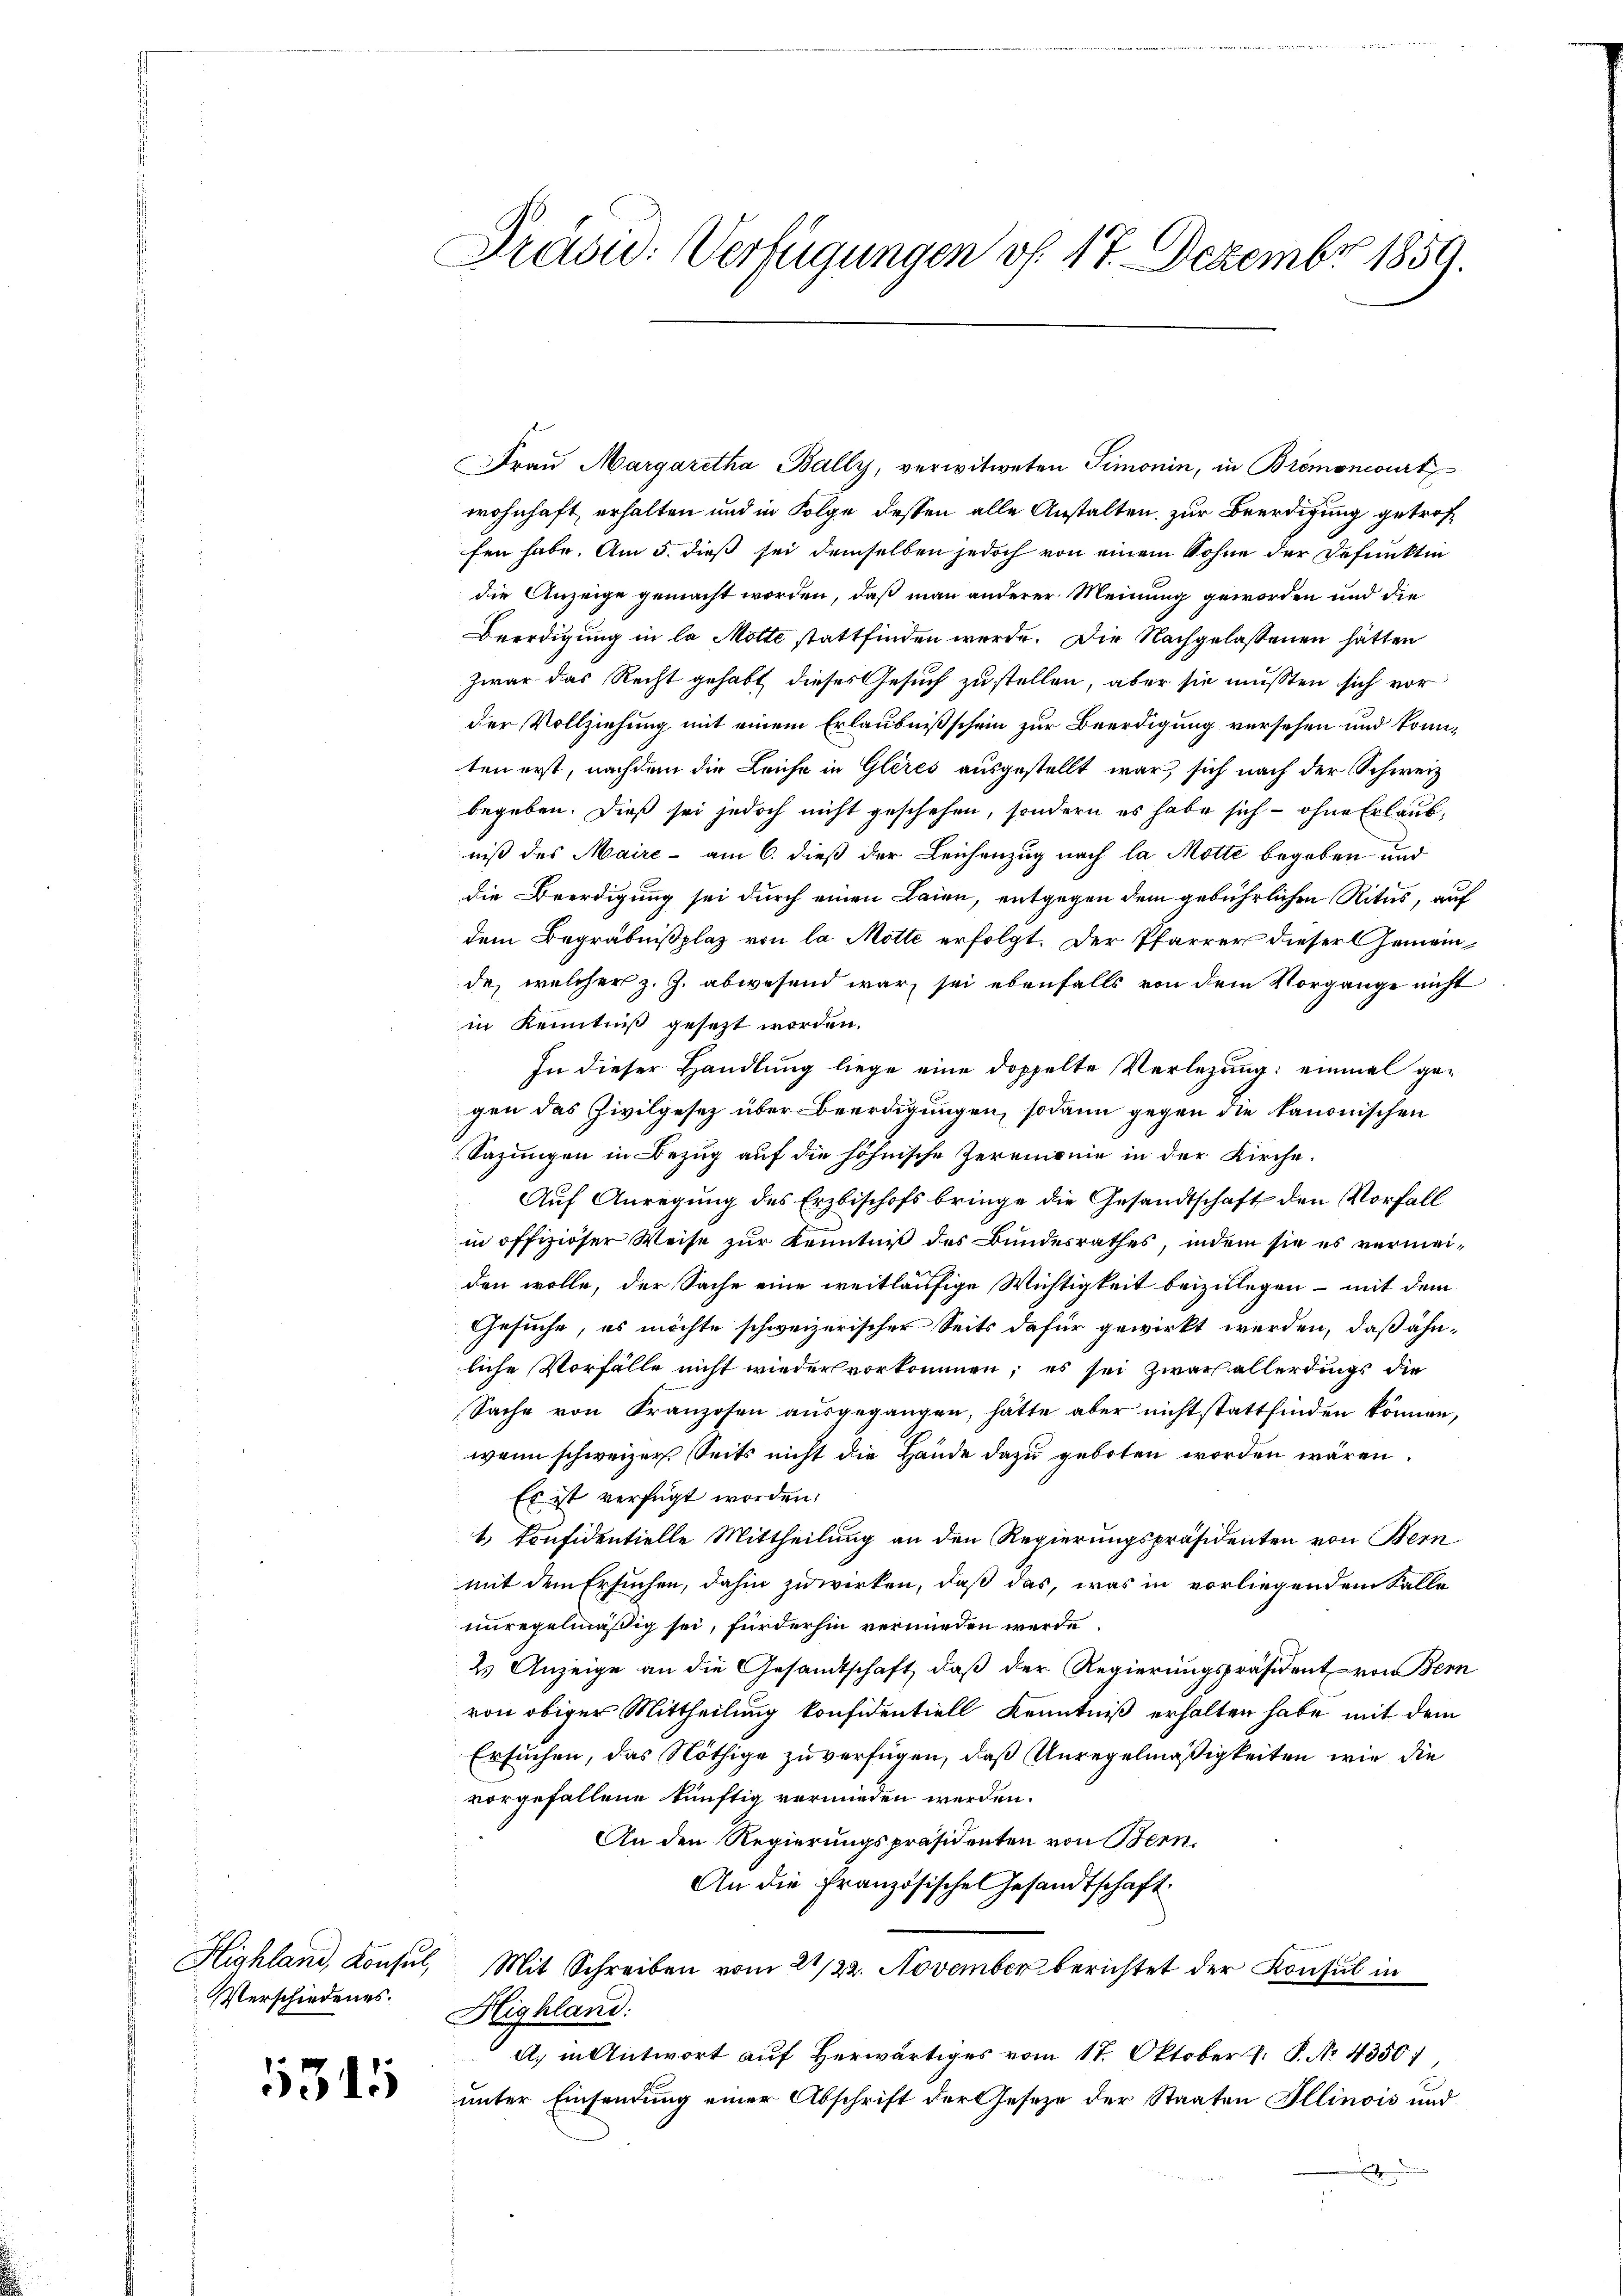
Verschiedenes.

5315

Präsu: Verfügungen v. 17. Dezember 1859.

Fraŭ Margaretha Bally, verwitweten Simonin, in Bremoncourt
wohnhaft erhalten und in Folge dessen alle Anstalten zur Beerdigung getroffen habe. Am 5. dieß sei demselben jedoch von einem Sohne der Defunktin
die Anzeige gemacht worden, daß man anderer Meinung geworden und die
Beerdigung in la Motte stattfinden werde. Die Nachgelassenen hätten
zwar das Recht gehabt, dieses Gesuch zustellen, aber sie mussten sich vor
der Vollziehung mit einem Erlaubnißschein zur Beerdigung versehen und konnten erst, nachdem die Leiche in Gleres ausgestellt war, sich nach der Schweiz
begeben. Dieß sei jedoch nicht geschehen, sondern es habe sich - ohne Erlaubniß des Maire - am 6. dieß der Leichenzug nach la Motte begaben und
die Beerdigung sei durch einen Laien, entgegen dem gebührlichen Ritus, auf
dem Begräbnißplaz von la Motte erfolgt. Der Pfarrer dieser Gemeinde, welcher z. Z. abwesend war, sei ebenfalls von dem Vorgange nicht
in Kenntniß gesezt worden.
In dieser Handlung liege eine doppelte Verlegung: einmal gegen das Zivilgesetz über Beerdigungen, sodann gegen die kanonischen
Sazungen in Bezug auf die höhnische Zeremonie in der Kirche.
Auf Anregung des Erzbischofs bringe die Gesandtschaft den Vorfall
.
in offiziöser Weise zur Kenntniß des Bundesrathes, indem sie es vermeiden wolle, der Sache eine weitläufige Wichtigkeit beizulegen - mit dem
Gesuche, es möchte schweizerischer Seits dafür gewirkt werden, daß ähnliche Vorfälle nicht wieder vorkommen, es sei zwar allerdings die
Sache von Kranzosen ausgegangen, hätte aber nicht stattfinden können,
wenn schweizer Seits nicht die Hände dazu geboten worden wären.
Es ist verfügt worden.
1. Confidentielle Mittheilung an den Regierungspräsidenten von Bern
mit dem Ersuchen, dahin zuwirken, daß das, was in vorliegendem Falle
unregelmäßig sei, fürderhin vermieden werde.
2 Anzeige an die Gesandtschaft, daß der Regierungspräsident von Bern
von obiger Mittheilung konfidentiell Kenntniß erhalten habe mit dem
Ersuchen, das Nöthige zu verfügen, daß Unregelmäßigkeiten wie die
vorgefallene künftig vermieden werden.
An den Regierungspräsidenten von Bern,
An die Französische Gesandtschaft.
Highland, Konsul, Mit Schreiben vom 21/22. November berichtet der Konsul in
Highland:
a. in Antwort auf Herwärtiges vom 17. Oktober v. P. No. 4350:
unter Einsendung einer Abschrift der Geseze der Staaten Illinois und